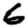
Digit: 6